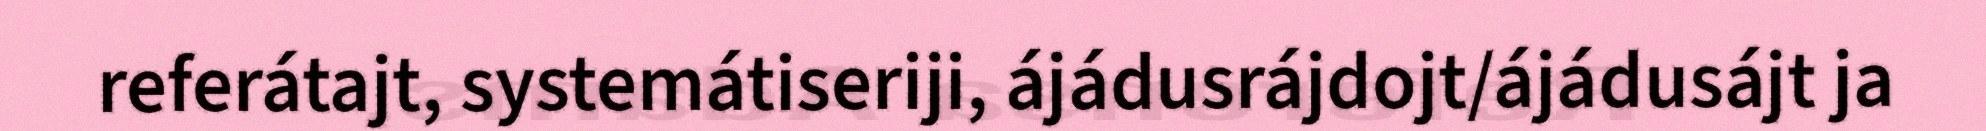
referátajt, systemátiseriji, ájádusrájdojt/ájádusájt ja